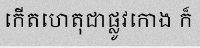
កើតហេតុជាផ្លូវកោង ក៏